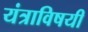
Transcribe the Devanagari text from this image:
यंत्राविषयी